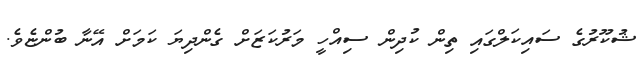
ޝުކޫރުގެ ސައިކަލްގައި ތިން ކުދިން ސިއްހީ މަރުކަޒަށް ގެންދިޔަ ކަމަށް އޭނާ ބުންޏެވެ.